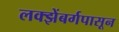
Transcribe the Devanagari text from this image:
लक्झेंबर्गपासून